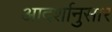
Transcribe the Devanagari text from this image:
आदर्शानुसार